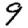
Digit: 9